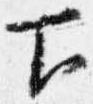
下